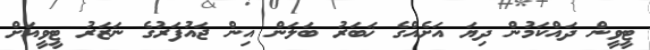
ޓީވީން ދައްކަމުން ދިޔަ އަށެއްގެ ޚަބަރު ބަލަން އިން ޖައުފަރުގެ ނަޒަރު ޓީވީއަށް